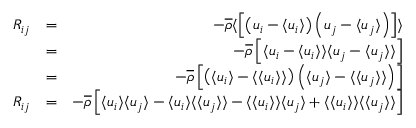
\begin{array} { r l r } { R _ { i j } } & { = } & { - \overline { { \rho } } \langle \left[ \left( u _ { i } - \langle u _ { i } \rangle \right) \left( u _ { j } - \langle u _ { j } \rangle \right) \right] \rangle } \\ & { = } & { - \overline { { \rho } } \left[ \langle u _ { i } - \langle u _ { i } \rangle \rangle \langle u _ { j } - \langle u _ { j } \rangle \rangle \right] } \\ & { = } & { - \overline { { \rho } } \left[ \left( \langle u _ { i } \rangle - \langle \langle u _ { i } \rangle \rangle \right) \left( \langle u _ { j } \rangle - \langle \langle u _ { j } \rangle \rangle \right) \right] } \\ { R _ { i j } } & { = } & { - \overline { { \rho } } \left[ \langle u _ { i } \rangle \langle u _ { j } \rangle - \langle u _ { i } \rangle \langle \langle u _ { j } \rangle \rangle - \langle \langle u _ { i } \rangle \rangle \langle u _ { j } \rangle + \langle \langle u _ { i } \rangle \rangle \langle \langle u _ { j } \rangle \rangle \right] } \end{array}